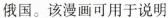
俄国。该漫画可用于说明